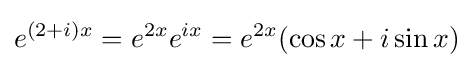
e^{(2+i)x}=e^{2x}e^{ix}=e^{2x}(\cos x+i\sin x)